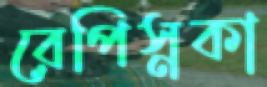
রেপিস্নকা